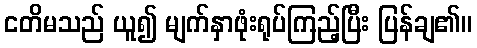
ငတိမသည် ယူ၍ မျက်နှာဖုံးရုပ်ကြည့်ပြီး ပြန်ချ၏။